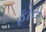
ફોસ